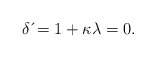
\begin{align*}\delta \,\acute{}=1+\kappa \lambda=0. \end{align*}